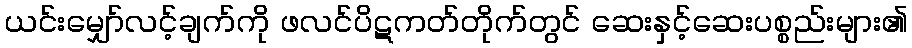
ယင်းမျှော်လင့်ချက်ကို ဖလင်ပိဋကတ်တိုက်တွင် ဆေးနှင့်ဆေးပစ္စည်းများ၏